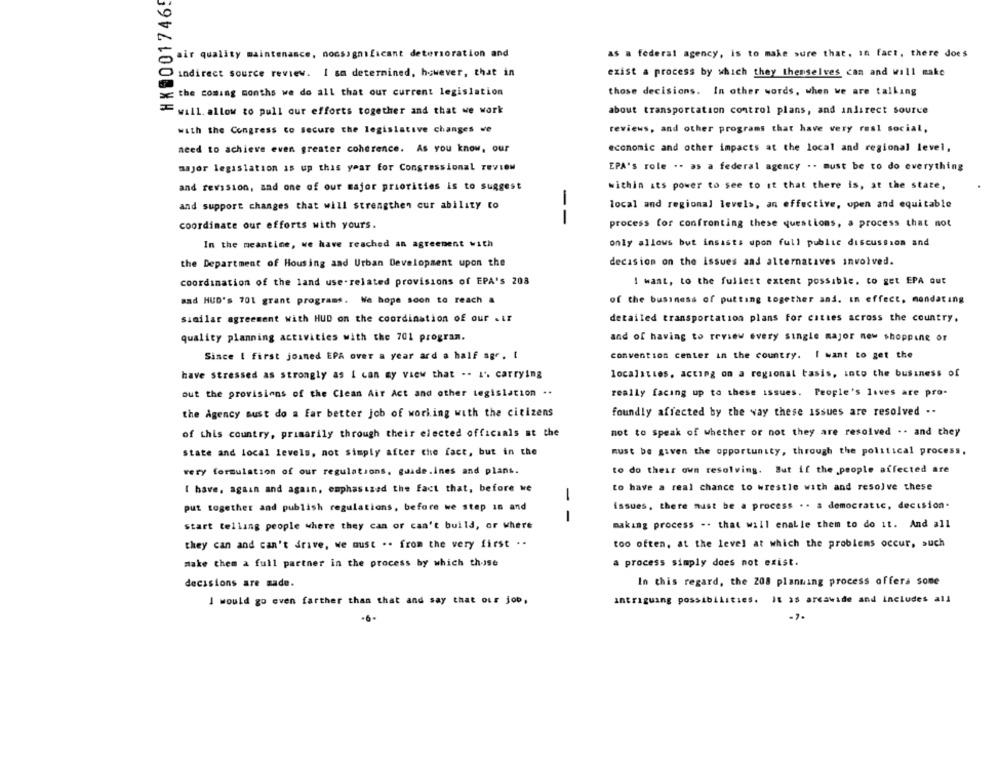
HK00017465
air quality maintenance, nonsignificant deterioration and
as a federal agency, is to make sure that, in fact, there does
indirect source review. I sa determined, however, that in
exist a process by which they themselves can and will make
the coming months we do all that our current legislation
those decisions. In other words, when we are talking
will. allow to pull our efforts together and that we work
about transportation control plans, and indirect source
with the Congress to secure the legislative changes we
reviews, and other programs that have very real social,
need to achieve even greater coherence. As you know, our
economic and other impacts at the local and regional level,
major legislation is up this year for Congressional review
EPA's role .. as a federal agency .. must be to do everything
and revision, and one of our major priorities is to suggest
within ats power to see to it that there is, at the state,
and support changes that will strengthen cur ability to
local and regional levels, an effective, open and equitable
--
coordinate our efforts with yours.
process for confronting these questions, a process that not
In the meantime, we have reached an agreement with
only allows but insists upon full public discussion and
the Department of Housing and Urban Development upon the
decision on the issues and alternatives involved.
coordination of the land use-related provisions of EPA's 208
I want, to the fullest extent possible. to get EPA out
and HUD's 701 grant programs. We hope soon to reach a
of the business of putting together and. in effect, mondating
similar agreement with HUD on the coordination of our . if
detailed transportation plans for cities across the country.
quality planning activities with the 701 program.
and of having to review every single major new shopping or
Since & first joined EPA over a year ard a half agr. [
convention center in the country. I want to get the
localities, acting on a regional tasis, into the business of
have stressed as strongly as I can my view that -- L'. carrying
out the provisions of the Clean Air Act and other legislation ..
really facing up to these issues. People's lives are pro-
the Agency must do a far better job of working with the citizens
foundly affected by the way these issues are resolved .-
of this country, primarily through their elected officials at the
not to speak of whether or not they are resolved .. and they
state and local levels, not simply after the fact, but in the
must be given the opportunity, through the political process,
very formulation of our regulations, guide.ines and plans.
to do their own resolving. But if the people affected are
to have a real chance to wrestle with and resolve these
I bave, again and again, emphasized the fact that, before we
1
put together and publish regulations, before we step in and
issues, there must be a process . . a democratic, decision-
1
start telling people where they can or can't build, or where
making process -. that will enable them to do it. And all
they can and can't drive, we must .. from the very first . .
too often, at the level at which the problems occur, such
make them a full partner in the process by which those
a process simply does not exist.
decisions are made.
In this regard, the 208 planning process offera some
I would go even farther than that and say that our job,
intriguing possibilities. It as arcawide and includes all
-7.